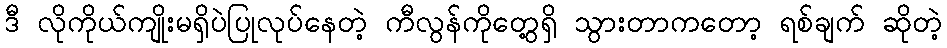
ဒီ လိုကိုယ်ကျိုးမရှိပဲပြုလုပ်နေတဲ့ ကီလွန်ကိုတွေ့ရှိ သွားတာကတော့ ရစ်ချက် ဆိုတဲ့